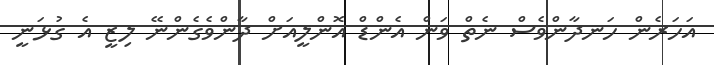
އަހަރެން ހަނދާންވެސް ނެތް ވަން އެންޑް އޮންލީއަށް ދާންވެގެންނޭ ލިޒީ އެ ގުޅަނީ